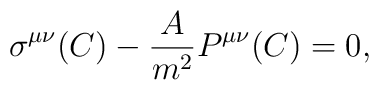
\sigma^{\mu\nu}(C)-{ A\over m^2}P^{\mu\nu}(C)=0,